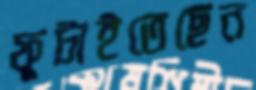
ফুটাইতেছেন